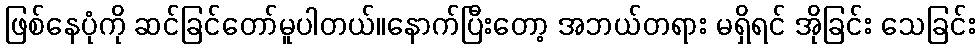
ဖြစ်နေပုံကို ဆင်ခြင်တော်မူပါတယ်။နောက်ပြီးတော့ အဘယ်တရား မရှိရင် အိုခြင်း သေခြင်း